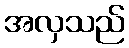
အလှသည်